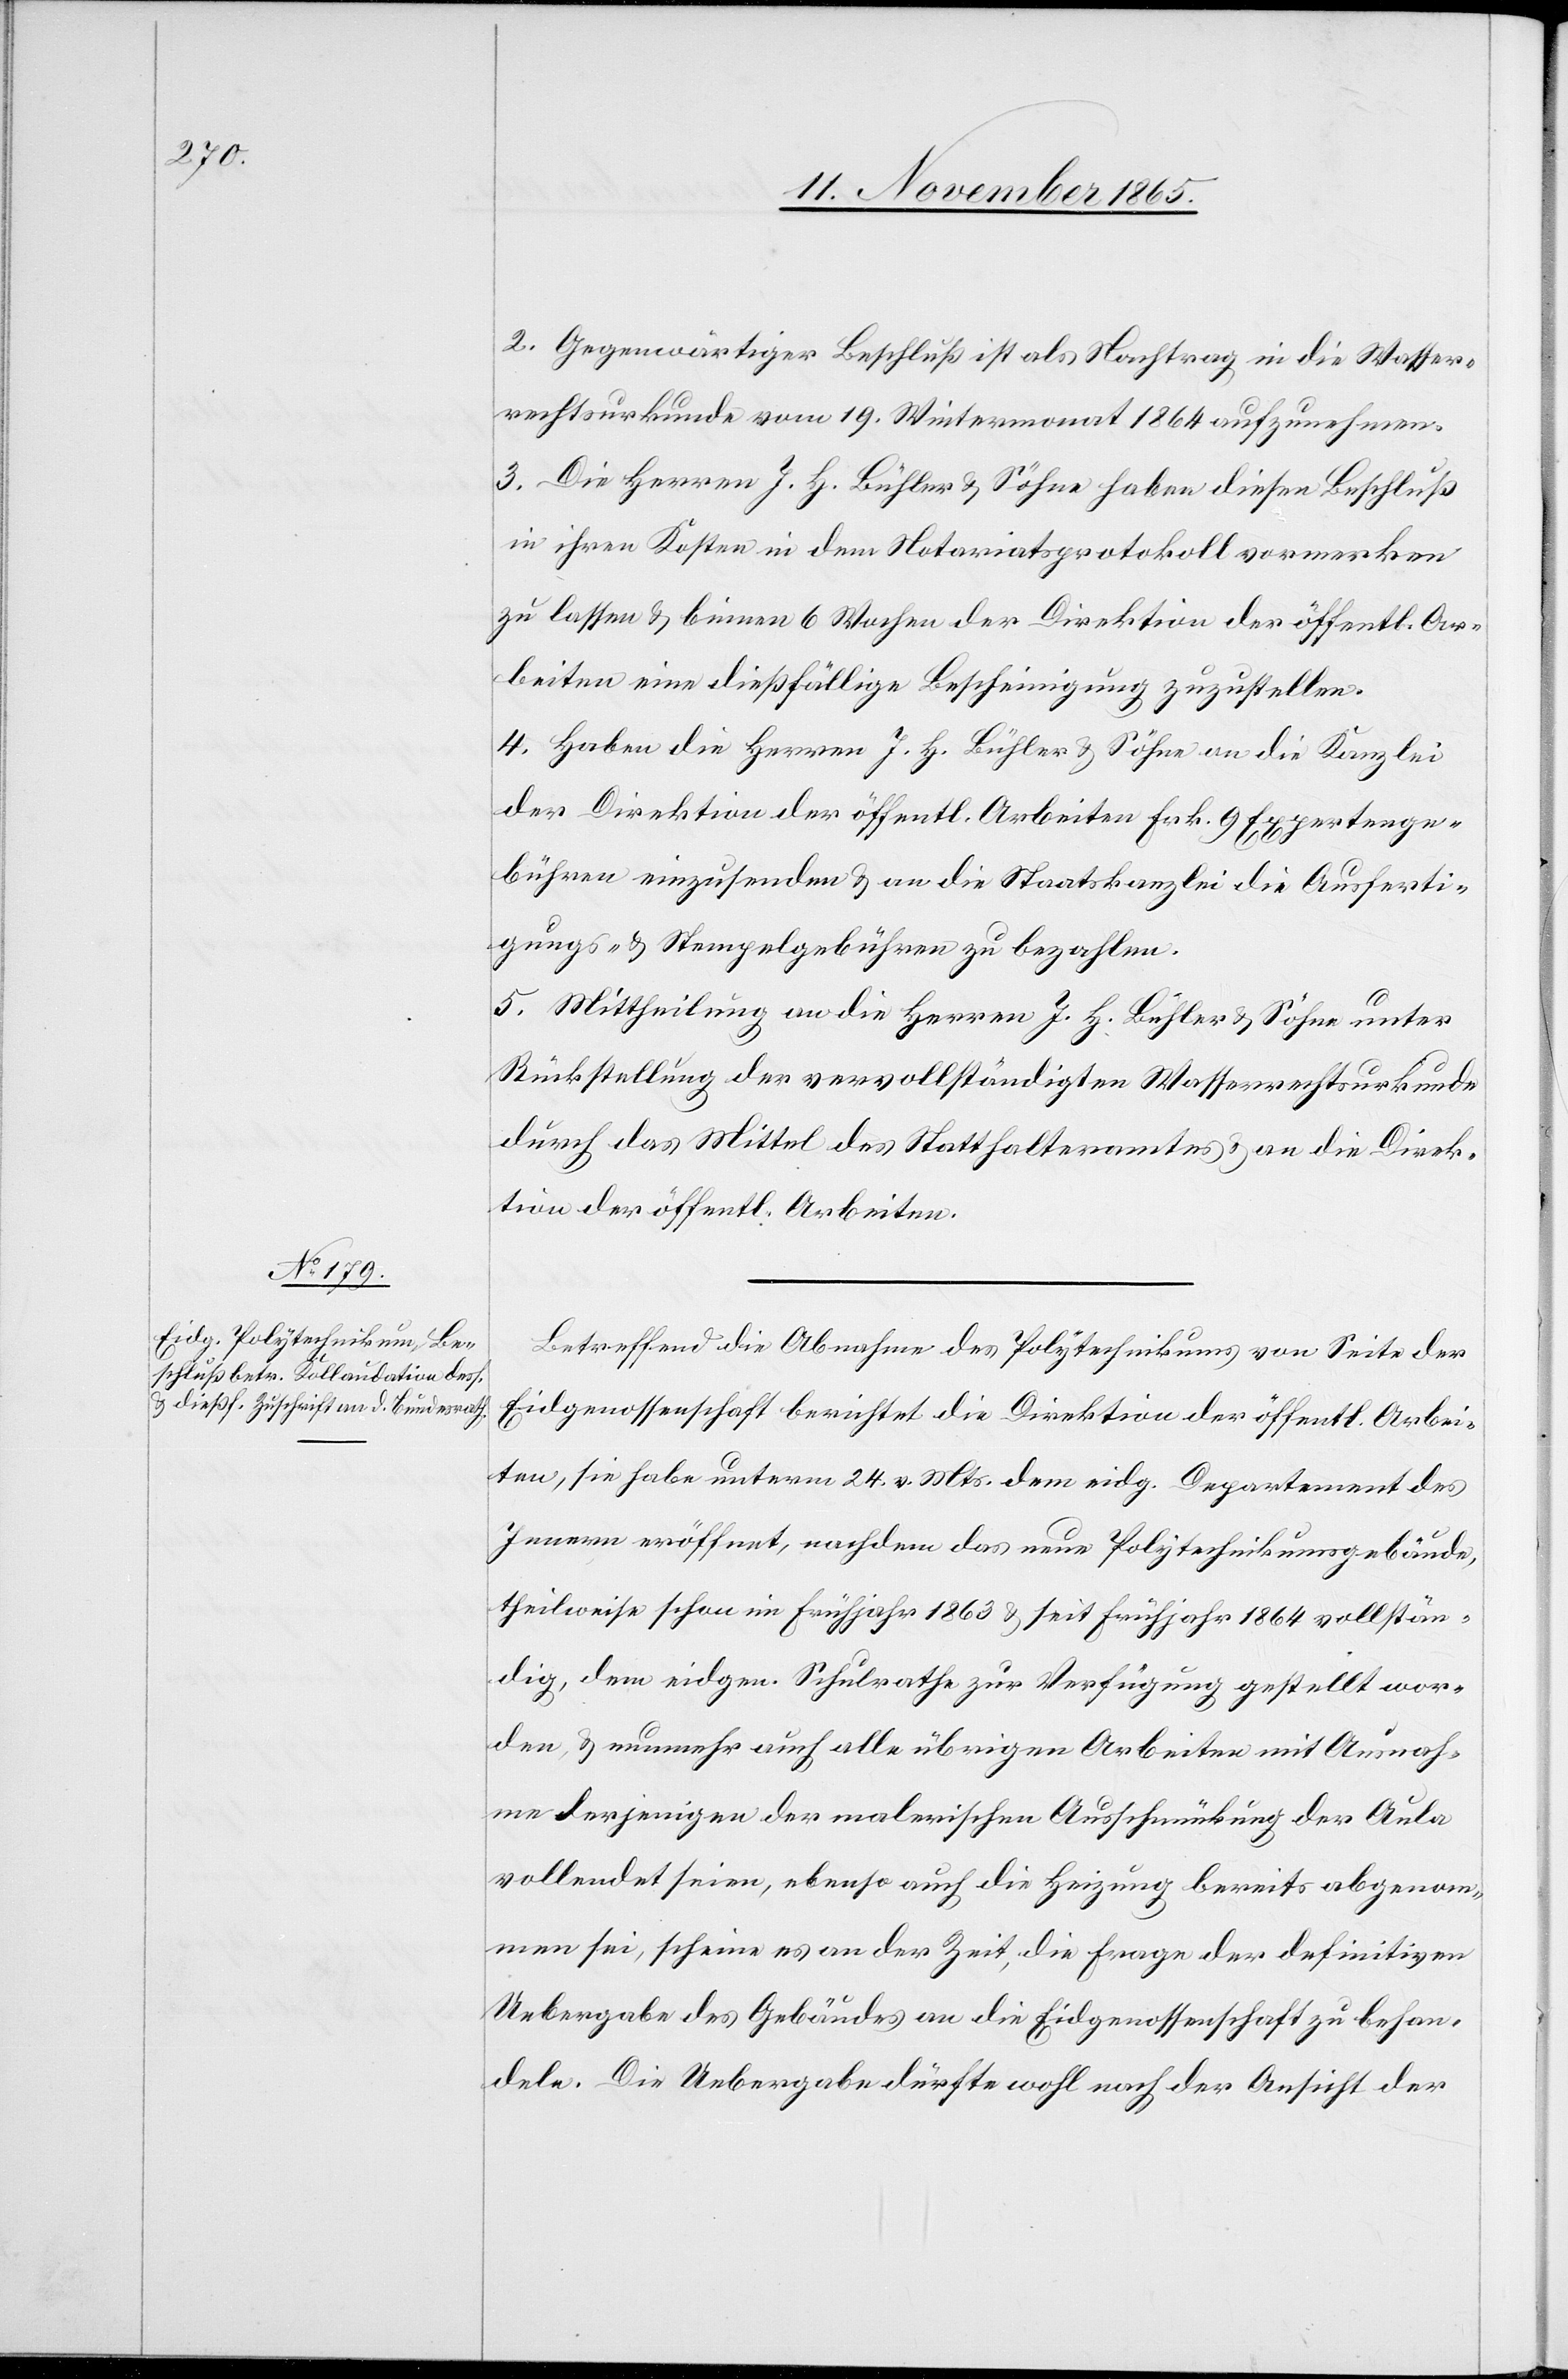
2. Gegenwärtiger Beschluß ist als Nachtrag in die Wasser¬
rechtsurkunde vom 19. Wintermonat 1864 aufzunehmen.
3. Die Herren J. H. Bühler & Söhne haben diesen Beschluß
in ihren Kosten in dem Notariatsprotokoll vormerken
zu lassen & binnen 6 Wochen der Direktion der öffentl. Ar¬
beiten eine dießfällige Bescheinigung zuzustellen.
4. Haben die Herren J. H. Bühler & Söhne an die Kanzlei
der Direktion der öffentl. Arbeiten Frk. 9 Expertenge¬
bühren einzusenden & an die Staatskanzlei die Ausferti¬
gungs- & Stempelgebühren zu bezahlen.
5. Mittheilung an die Herren J. H. Bühler & Söhne unter
Rückstellung der vervollständigten Wasserrechtsurkunde
durch das Mittel des Statthalteramtes & an die Direk¬
tion der öffentl. Arbeiten.
Betreffend die Abnahme des Polytechnikums von Seite der
Eidgenossenschaft berichtet die Direktion der öffentl. Arbei¬
ten, sie habe unterm 24. v. Mts. dem eidg. Departement des
Innern eröffnet, nachdem das neue Polytechnikumsgebäude,
theilweise schon im Frühjahr 1863 & seit Frühjahr 1864 vollstän¬
dig, dem eidgen. Schulrathe zur Verfügung gestellt wor¬
den, & nunmehr auch alle übrigen Arbeiten mit Ausnah¬
me derjenigen der malerischen Ausschmückung der Aula
vollendet seien, ebenso auch die Heizung bereits abgenom¬
men sei, scheine es an der Zeit, die Frage der definitiven
Uebergabe des Gebäudes an die Eidgenossenschaft zu behan¬
deln. Die Uebergabe dürfte wohl nach der Ansicht der